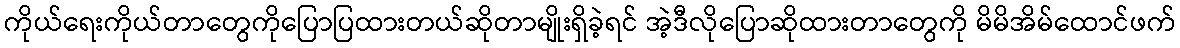
ကိုယ်ရေးကိုယ်တာတွေကိုပြောပြထားတယ်ဆိုတာမျိုးရှိခဲ့ရင် အဲ့ဒီလိုပြောဆိုထားတာတွေကို မိမိအိမ်ထောင်ဖက်